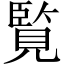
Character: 覧